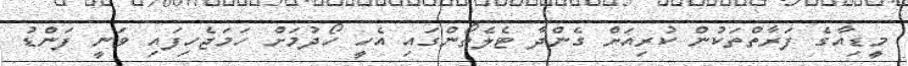
މީިޑިއާގެ ފަރާތްތަކުން ކުރިއަށް ގެންދާ ޓެލެތޯންގައި އެހީ ހޯދުމަށް ހަމަޖެހިފައި ވަނީ ފަންޑު